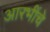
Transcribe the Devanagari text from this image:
आरभींचे